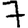
Digit: 7